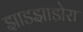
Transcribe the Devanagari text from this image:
झाडझाडोरा